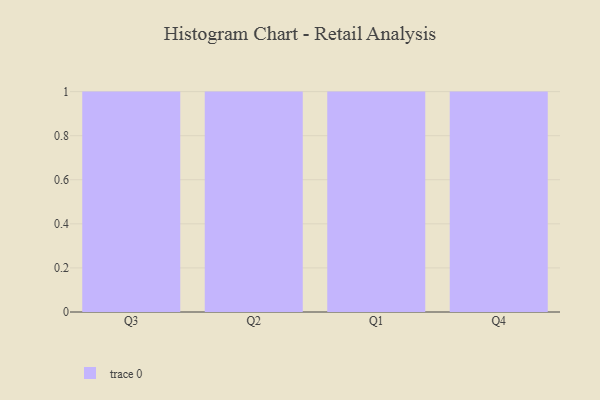
{"axis": {"x": "Quarter", "y": "LTV (USD)"}, "legend": [""], "data": [{"x": "Q3", "y": 35, "type": ""}, {"x": "Q2", "y": 72, "type": ""}, {"x": "Q1", "y": 12, "type": ""}, {"x": "Q4", "y": 31, "type": ""}]}